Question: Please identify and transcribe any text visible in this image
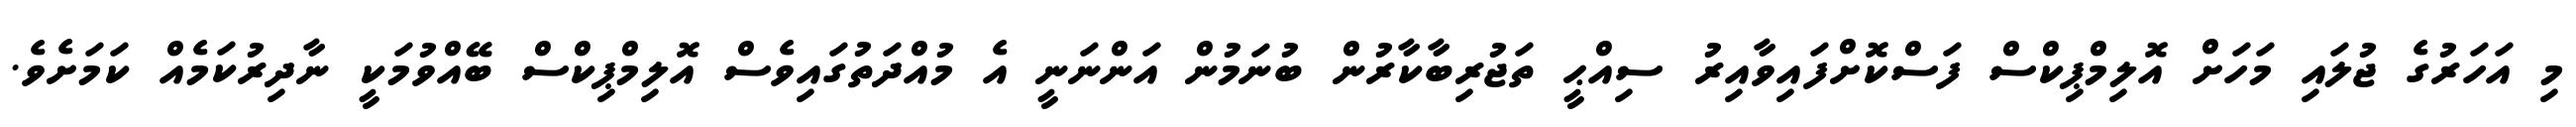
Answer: މި އަހަރުގެ ޖުލައި މަހަށް އޮލިމްޕިކްސް ފަސްކޮށްފައިވާއިރު ސިއްޙީ ތަޖުރިބާކާރުން ބުނަމުން އަންނަނީ އެ މުއްދަތުގައިވެސް އޮލިމްޕިކްސް ބޭއްވުމަކީ ނާދިރުކަމެއް ކަމަށެވެ.